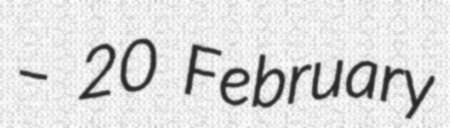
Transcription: – 20 February